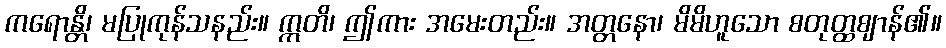
ကရောန္တိ၊ မပြုကုန်သနည်း။ ဣတိ၊ ဤကား အမေးတည်း။ အတ္တနော၊ မိမိဟူသော စတုတ္ထဈာန်၏။